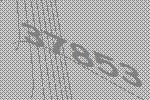
37853